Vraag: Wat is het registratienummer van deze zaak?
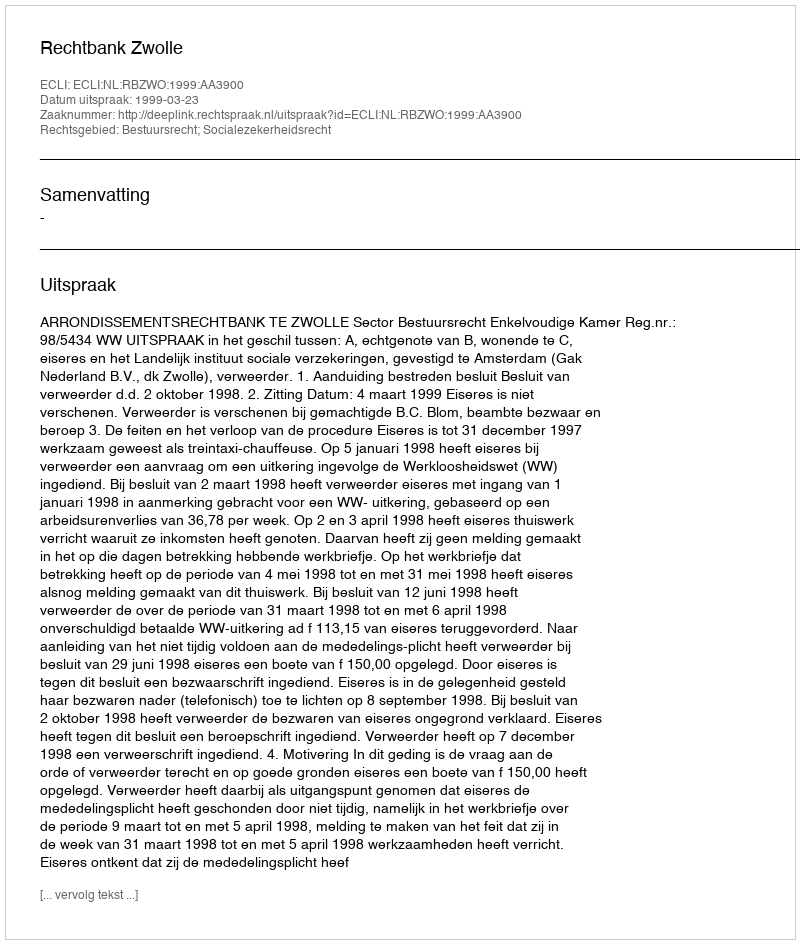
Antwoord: http://deeplink.rechtspraak.nl/uitspraak?id=ECLI:NL:RBZWO:1999:AA3900